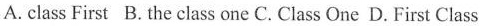
A. class First B. The class one C. Class One D. First Class